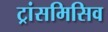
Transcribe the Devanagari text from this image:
ट्रांसमिसिव